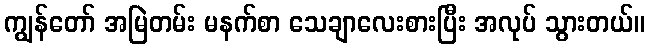
ကျွန်တော် အမြဲတမ်း မနက်စာ သေချာလေးစားပြီး အလုပ် သွားတယ်။